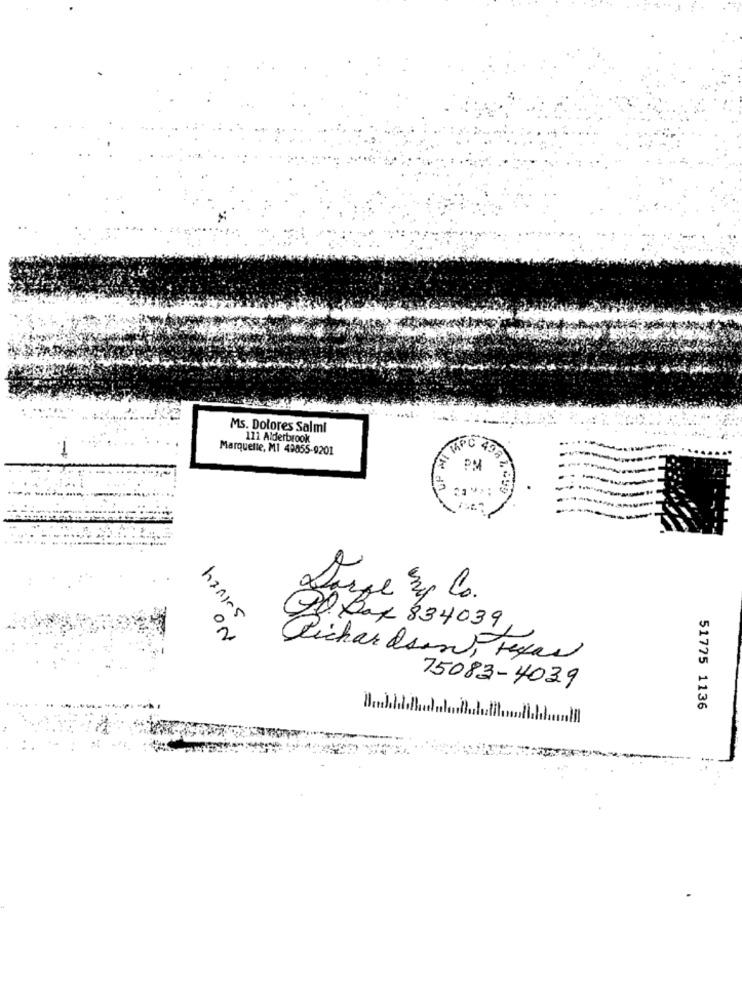
Ms. Dolores Salmi
111 Alderbrook
Marquette, MI 49855-9201
A KFC 438
PM"
solvey
Darge up Co.
2. Bak 834039
on
Richardson, regal
75083-4039
51775 1136